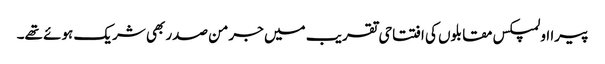
پیرا اولمپکس مقابلوں کی افتتاحی تقریب میں جرمن صدر بھی شریک ہوئے تھے۔